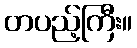
တပည့်ကြီး။